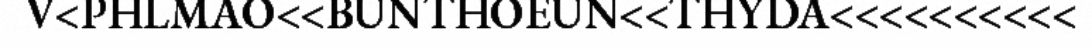
V<PHLMAO<<BUNTHOEUN<<THYDA<<<<<<<<<<